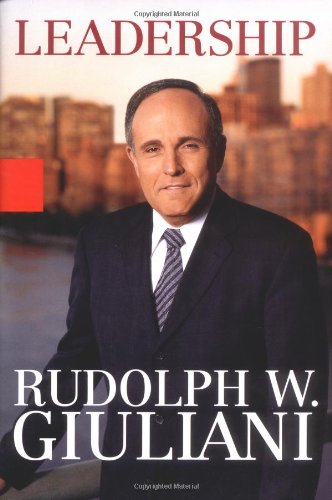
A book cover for Leadership; Rudolph W. Giuliani; Biographies & Memoirs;